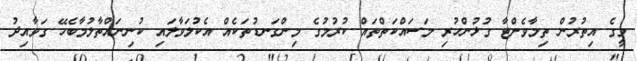
މީގެ އިތުރުން ތިމާވެށްޓާ ގުޅުންހުރި މަސައްކަތްތައް ކުރުމުގެ މިންގަނޑުތަކެއް އެކުލަވާލައި ކުނިނައްތާލުމާބެހޭ ގަވާއިދު